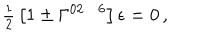
LaTeX: { \textstyle \frac { 1 } { 2 } } \left[ 1 \pm \Gamma ^ { 0 2 \cdots 6 } \right] \epsilon = 0 \, ,